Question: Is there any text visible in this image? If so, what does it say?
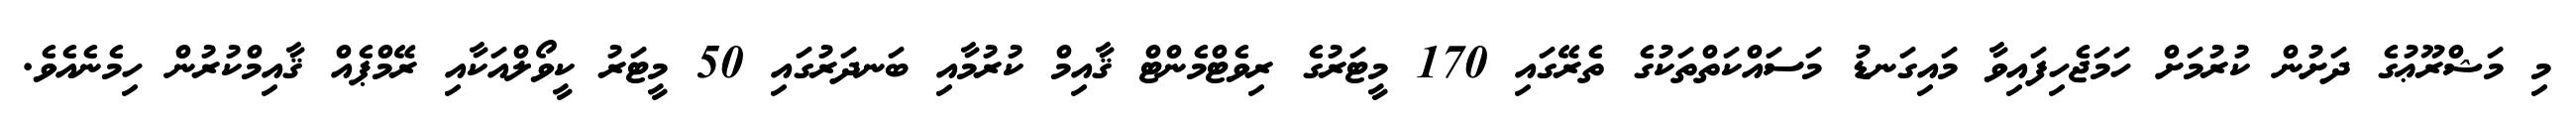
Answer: މި މަޝްރޫޢުގެ ދަށުން ކުރުމަށް ހަމަޖެހިފައިވާ މައިގަނޑު މަސައްކަތްތަކުގެ ތެރޭގައި 170 މީޓަރުގެ ރިވެޓްމެންޓް ޤާއިމް ކުރުމާއި ބަނދަރުގައި 50 މީޓަރު ކީވޯލްއަކާއި ރޭމްޕެއް ޤާއިމްކުރުން ހިމެނެއެވެ.